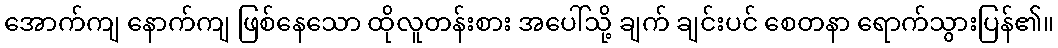
အောက်ကျ နောက်ကျ ဖြစ်နေသော ထိုလူတန်းစား အပေါ်သို့ ချက် ချင်းပင် စေတနာ ရောက်သွားပြန်၏။